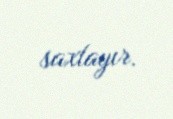
saxlayır.